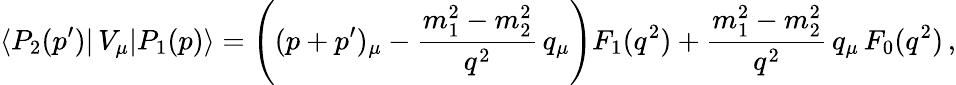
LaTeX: \langle P_{2}(p^{\prime})|\, V_{\mu}|P_{1}(p)\rangle=\left((p+p^{\prime})_{\mu}-{\frac{m_{1}^{2}-m_{2}^{2}}{q^{2}}}\, q_{\mu}\right)F_{1}(q^{2})+{\frac{m_{1}^{2}-m_{2}^{2}}{q^{2}}}\, q_{\mu}\, F_{0}(q^{2})\, ,